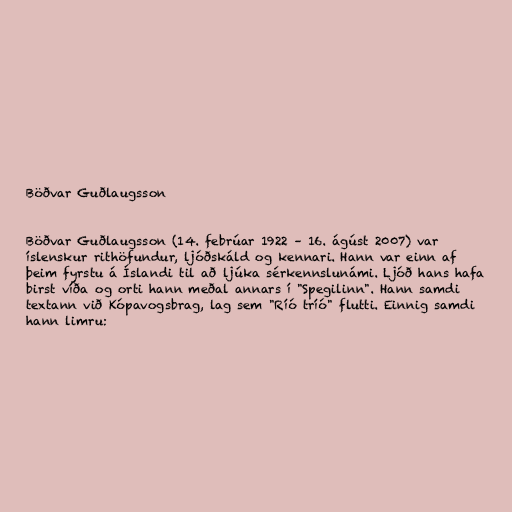
Böðvar Guðlaugsson

Böðvar Guðlaugsson (14. febrúar 1922 – 16. ágúst 2007) var
íslenskur rithöfundur, ljóðskáld og kennari. Hann var einn af
þeim fyrstu á Íslandi til að ljúka sérkennslunámi. Ljóð hans hafa
birst víða og orti hann meðal annars í "Spegilinn". Hann samdi
textann við Kópavogsbrag, lag sem "Ríó tríó" flutti. Einnig samdi
hann limru: